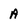
Character: a